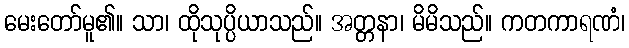
မေးတော်မူ၏။ သာ၊ ထိုသုပ္ပိယာသည်။ အတ္တနာ၊ မိမိသည်။ ကတကာရဏံ၊